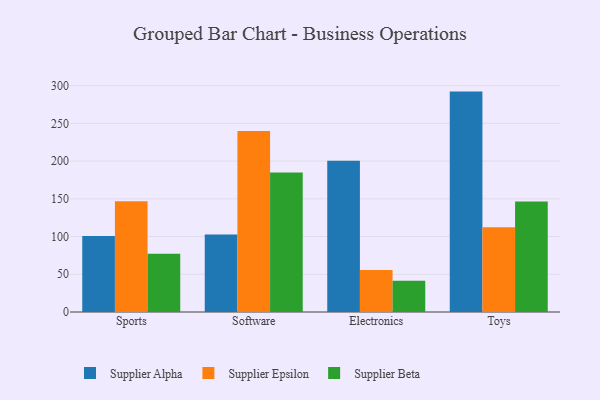
{"axis": {"x": "Category", "y": "Population (Million)"}, "legend": ["Supplier Alpha", "Supplier Beta", "Supplier Epsilon"], "data": [{"x": "Sports", "y": 100.7, "type": "Supplier Alpha"}, {"x": "Sports", "y": 146.9, "type": "Supplier Epsilon"}, {"x": "Sports", "y": 77.2, "type": "Supplier Beta"}, {"x": "Software", "y": 102.6, "type": "Supplier Alpha"}, {"x": "Software", "y": 239.9, "type": "Supplier Epsilon"}, {"x": "Software", "y": 184.8, "type": "Supplier Beta"}, {"x": "Electronics", "y": 200.5, "type": "Supplier Alpha"}, {"x": "Electronics", "y": 55.8, "type": "Supplier Epsilon"}, {"x": "Electronics", "y": 41.3, "type": "Supplier Beta"}, {"x": "Toys", "y": 292.1, "type": "Supplier Alpha"}, {"x": "Toys", "y": 112.2, "type": "Supplier Epsilon"}, {"x": "Toys", "y": 146.5, "type": "Supplier Beta"}]}